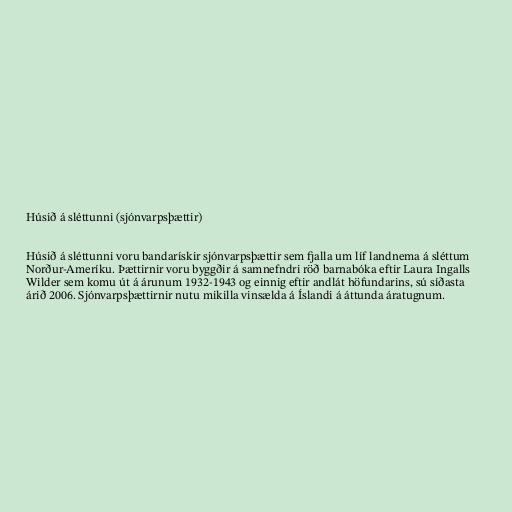
Húsið á sléttunni (sjónvarpsþættir)

Húsið á sléttunni voru bandarískir sjónvarpsþættir sem fjalla um líf landnema á sléttum
Norður-Ameríku. Þættirnir voru byggðir á samnefndri röð barnabóka eftir Laura Ingalls
Wilder sem komu út á árunum 1932-1943 og einnig eftir andlát höfundarins, sú síðasta
árið 2006. Sjónvarpsþættirnir nutu mikilla vinsælda á Íslandi á áttunda áratugnum.